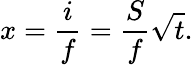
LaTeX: x={\frac{i}{f}}={\frac{S}{f}}{\sqrt{t}}.